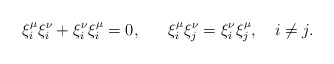
\begin{align*}\xi^\mu_i \xi^\nu_i+\xi^\nu_i\xi^\mu_i = 0, ~~~~~\xi^\mu_i \xi^\nu_j=\xi^\nu_i\xi^\mu_j, ~~~i\neq j .\end{align*}